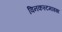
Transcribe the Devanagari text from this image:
विनकस्टमाइझ